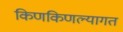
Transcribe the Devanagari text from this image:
किणकिणल्यागत